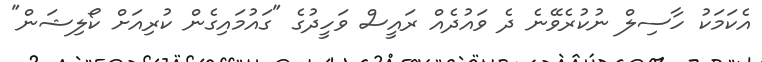
އެކަމަކު ހާސިލް ނުކުރެވޭނެ ދެ ވައުދެއް ރައީސް ވަހީދުގެ "ގައުމައިގެން ކުރިއަށް ކޯލިޝަން"